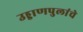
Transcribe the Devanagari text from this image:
उड्डाणपुलांचे